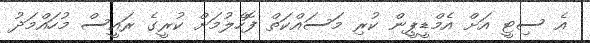
އެ ސިޓީ އަށް އެމްޑީޕީން ކުރި މަސައްކަތް ފޮހެލުމަށް ކުރީގެ ރައީސް މުހައްމަދު